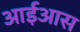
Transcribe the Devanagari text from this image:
आईआस